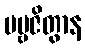
ပဗ္ဗဇိတွာန